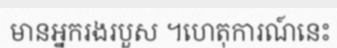
មានអ្នករងរបួស ។ហេតុការណ៍នេះ